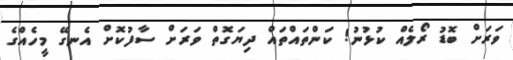
ވަރަށް ބޮޑު ރޯލެއް ކުޅުނު! ކަންތައްތައް ދިޔަގޮތް ވަރަށް ސާފުކޮށް އެނގޭ މީހެއްގެ